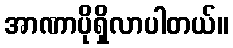
အာဏာပိုရှိလာပါတယ်။